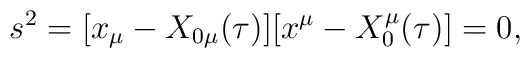
s^2= [x_\mu -X_{0\mu}(\tau)][x^\mu - X^\mu _0(\tau)] =0 ,